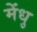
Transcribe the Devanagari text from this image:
मेंधु